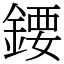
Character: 𨪁